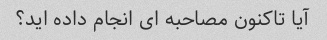
آیا تاکنون مصاحبه ای انجام داده اید؟